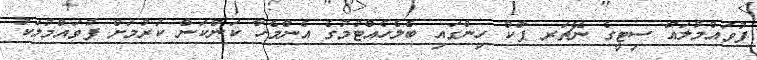
ފުވައްމުލައް ސިޓީގެ ނޭޗަރ ޕާކް ހިންގައި ބެލެހެއްޓުމުގެ އެންމެހާ ކަންކަން ކުރުމަށް ފުވައްމުލަކު